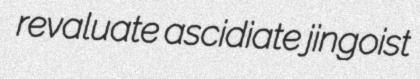
revaluate ascidiate jingoist